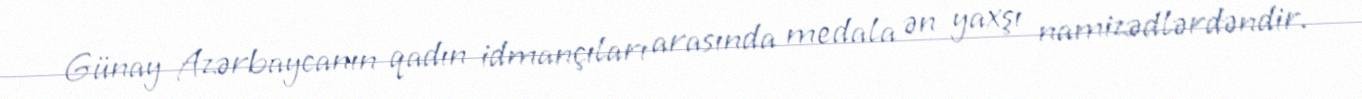
Günay Azərbaycanın qadın idmançıları arasında medala ən yaxşı namizədlərdəndir.